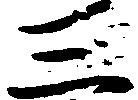
三